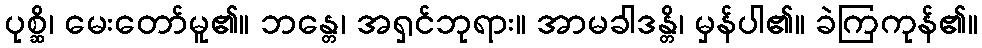
ပုစ္ဆိ၊ မေးတော်မူ၏။ ဘန္တေ၊ အရှင်ဘုရား။ အာမခါဒန္တိ၊ မှန်ပါ၏။ ခဲကြကုန်၏။